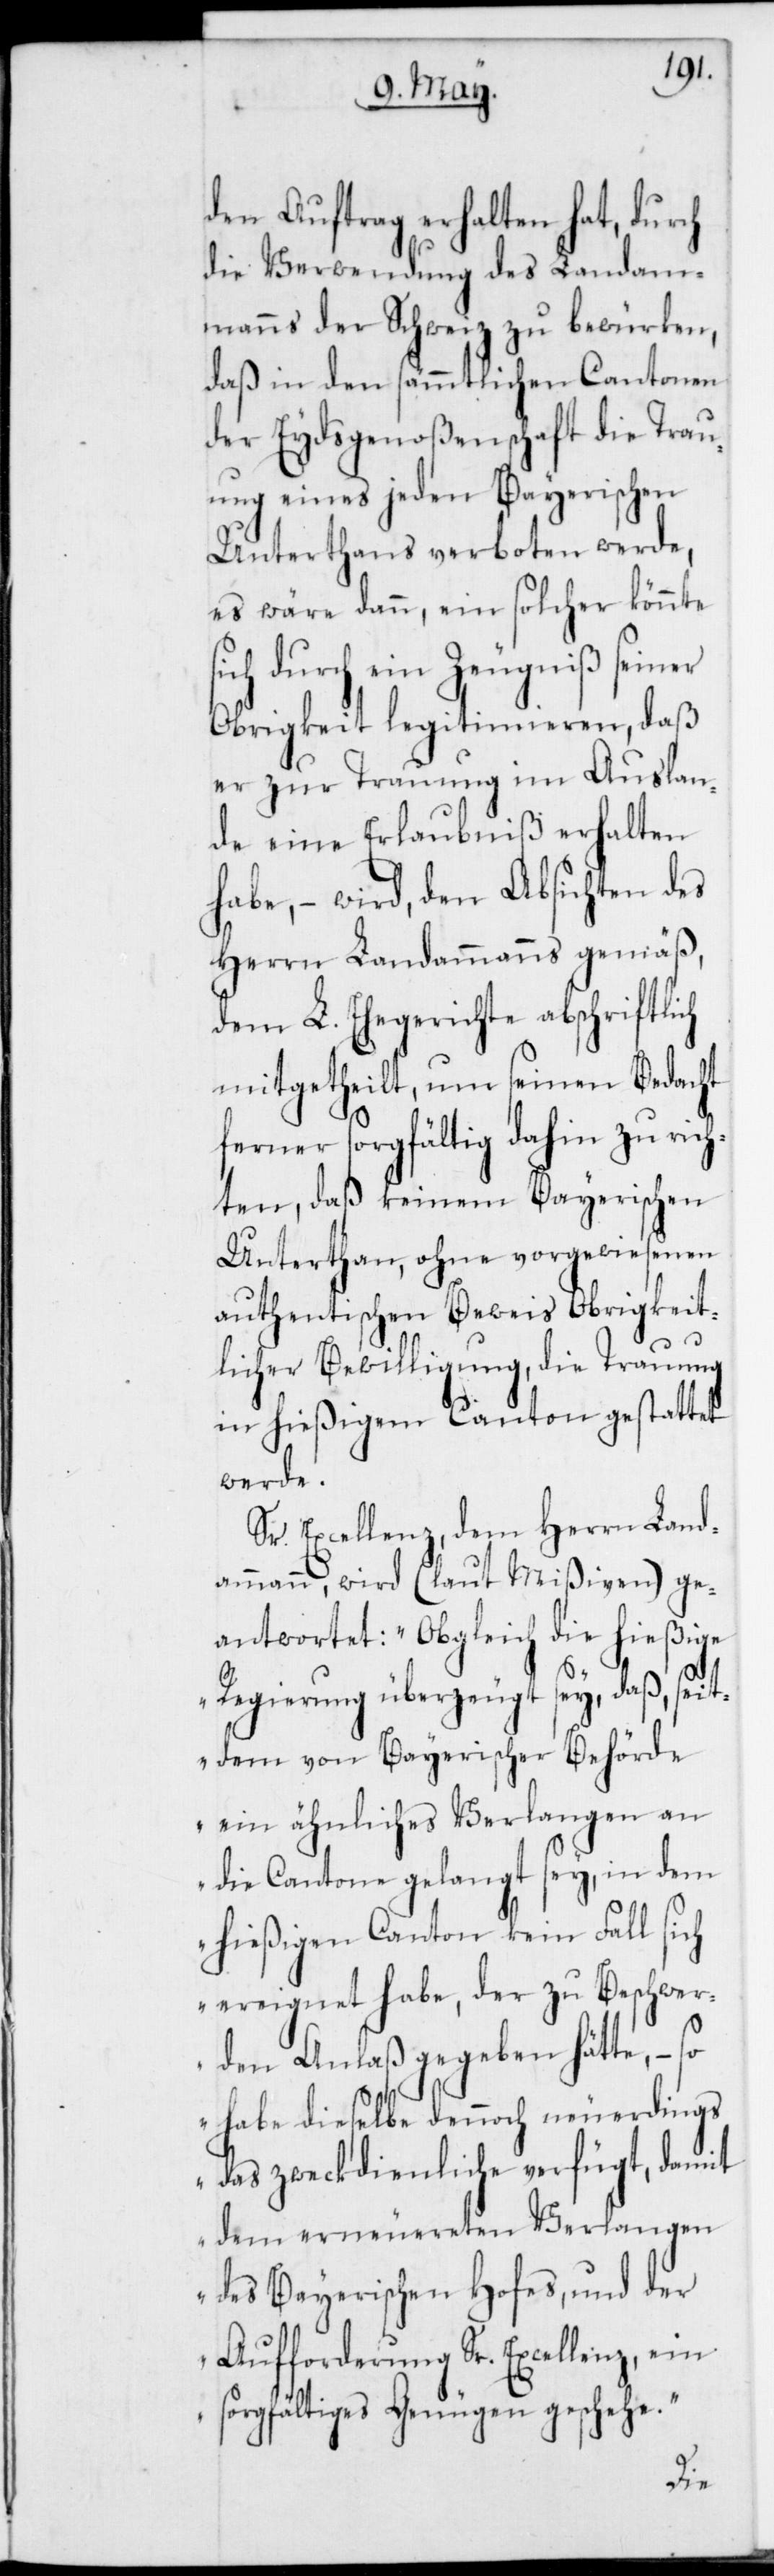
den Auftrag erhalten hat, durch
die Verwendung des Landam¬
manns der Schweiz zu bewürken,
daß in den sämmtlichen Cantonen
der Eydsgenoßenschaft die Trau¬
ung eines jeden Bayerischen
Unterthans verboten werde,
es wäre dann, ein solcher könnte
ch durch ein Zeugniß seiner
Obrigkeit legitimieren, daß
er zur Trauung im Auslan¬
de eine Erlaubniß erhalten
habe, – wird, den Absichten des
Herrn Landammanns gemäß,
dem L. Ehegerichte abschriftlich
mitgetheilt, um seinen Bedacht
ferner sorgfältig dahin zu rich¬
ten, daß keinem Bayerischen
Unterthan, ohne vorgewiesenen
authentischen Beweis Obrigkeit¬
licher Bewilligung, die Trauung
in hießigem Canton gestattet
werde.
Sr. Excellenz, dem Herrn Land¬
ammann wird (laut Mißiven) ge¬
antwortet: „Obgleich die hießige
Regierung überzeugt sei, daß seit¬
dem von Bayerischer Behörde
ein ähnliches Verlangen an
die Cantone gelangt sey, in dem
hießigen Canton kein Fall sich
ereignet habe, der zu Beschwer¬
den Anlaß gegeben hätte, – so
habe dieselbe dennoch neuerdings
das zweckdienliche verfügt, damit
dem erneuereten Verlangen
des Bayerischen Hofes, und der
Aufforderung Sr. Excellenz, ein
sorgfältiges Genügen geschehe“.
si¬